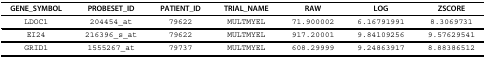
<table><thead><tr><td><b>GENE_SYMBOL</b></td><td><b>PROBESET_ID</b></td><td><b>PATIENT_ID</b></td><td><b>TRIAL_NAME</b></td><td><b>RAW</b></td><td><b>LOG</b></td><td><b>ZSCORE</b></td></tr></thead><tbody><tr><td>LDOC1</td><td>204454_at</td><td>79622</td><td>MULTMYEL</td><td>71.900002</td><td>6.16791991</td><td>8.3069731</td></tr><tr><td>EI24</td><td>216396_s_at</td><td>79622</td><td>MULTMYEL</td><td>917.20001</td><td>9.84109256</td><td>9.57629541</td></tr><tr><td>GRID1</td><td>1555267_at</td><td>79737</td><td>MULTMYEL</td><td>608.29999</td><td>9.24863917</td><td>8.88386512</td></tr></tbody></table>